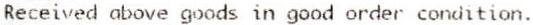
RECEIVED ABOVE GOODS IN GOOD ORDER CONDITION.